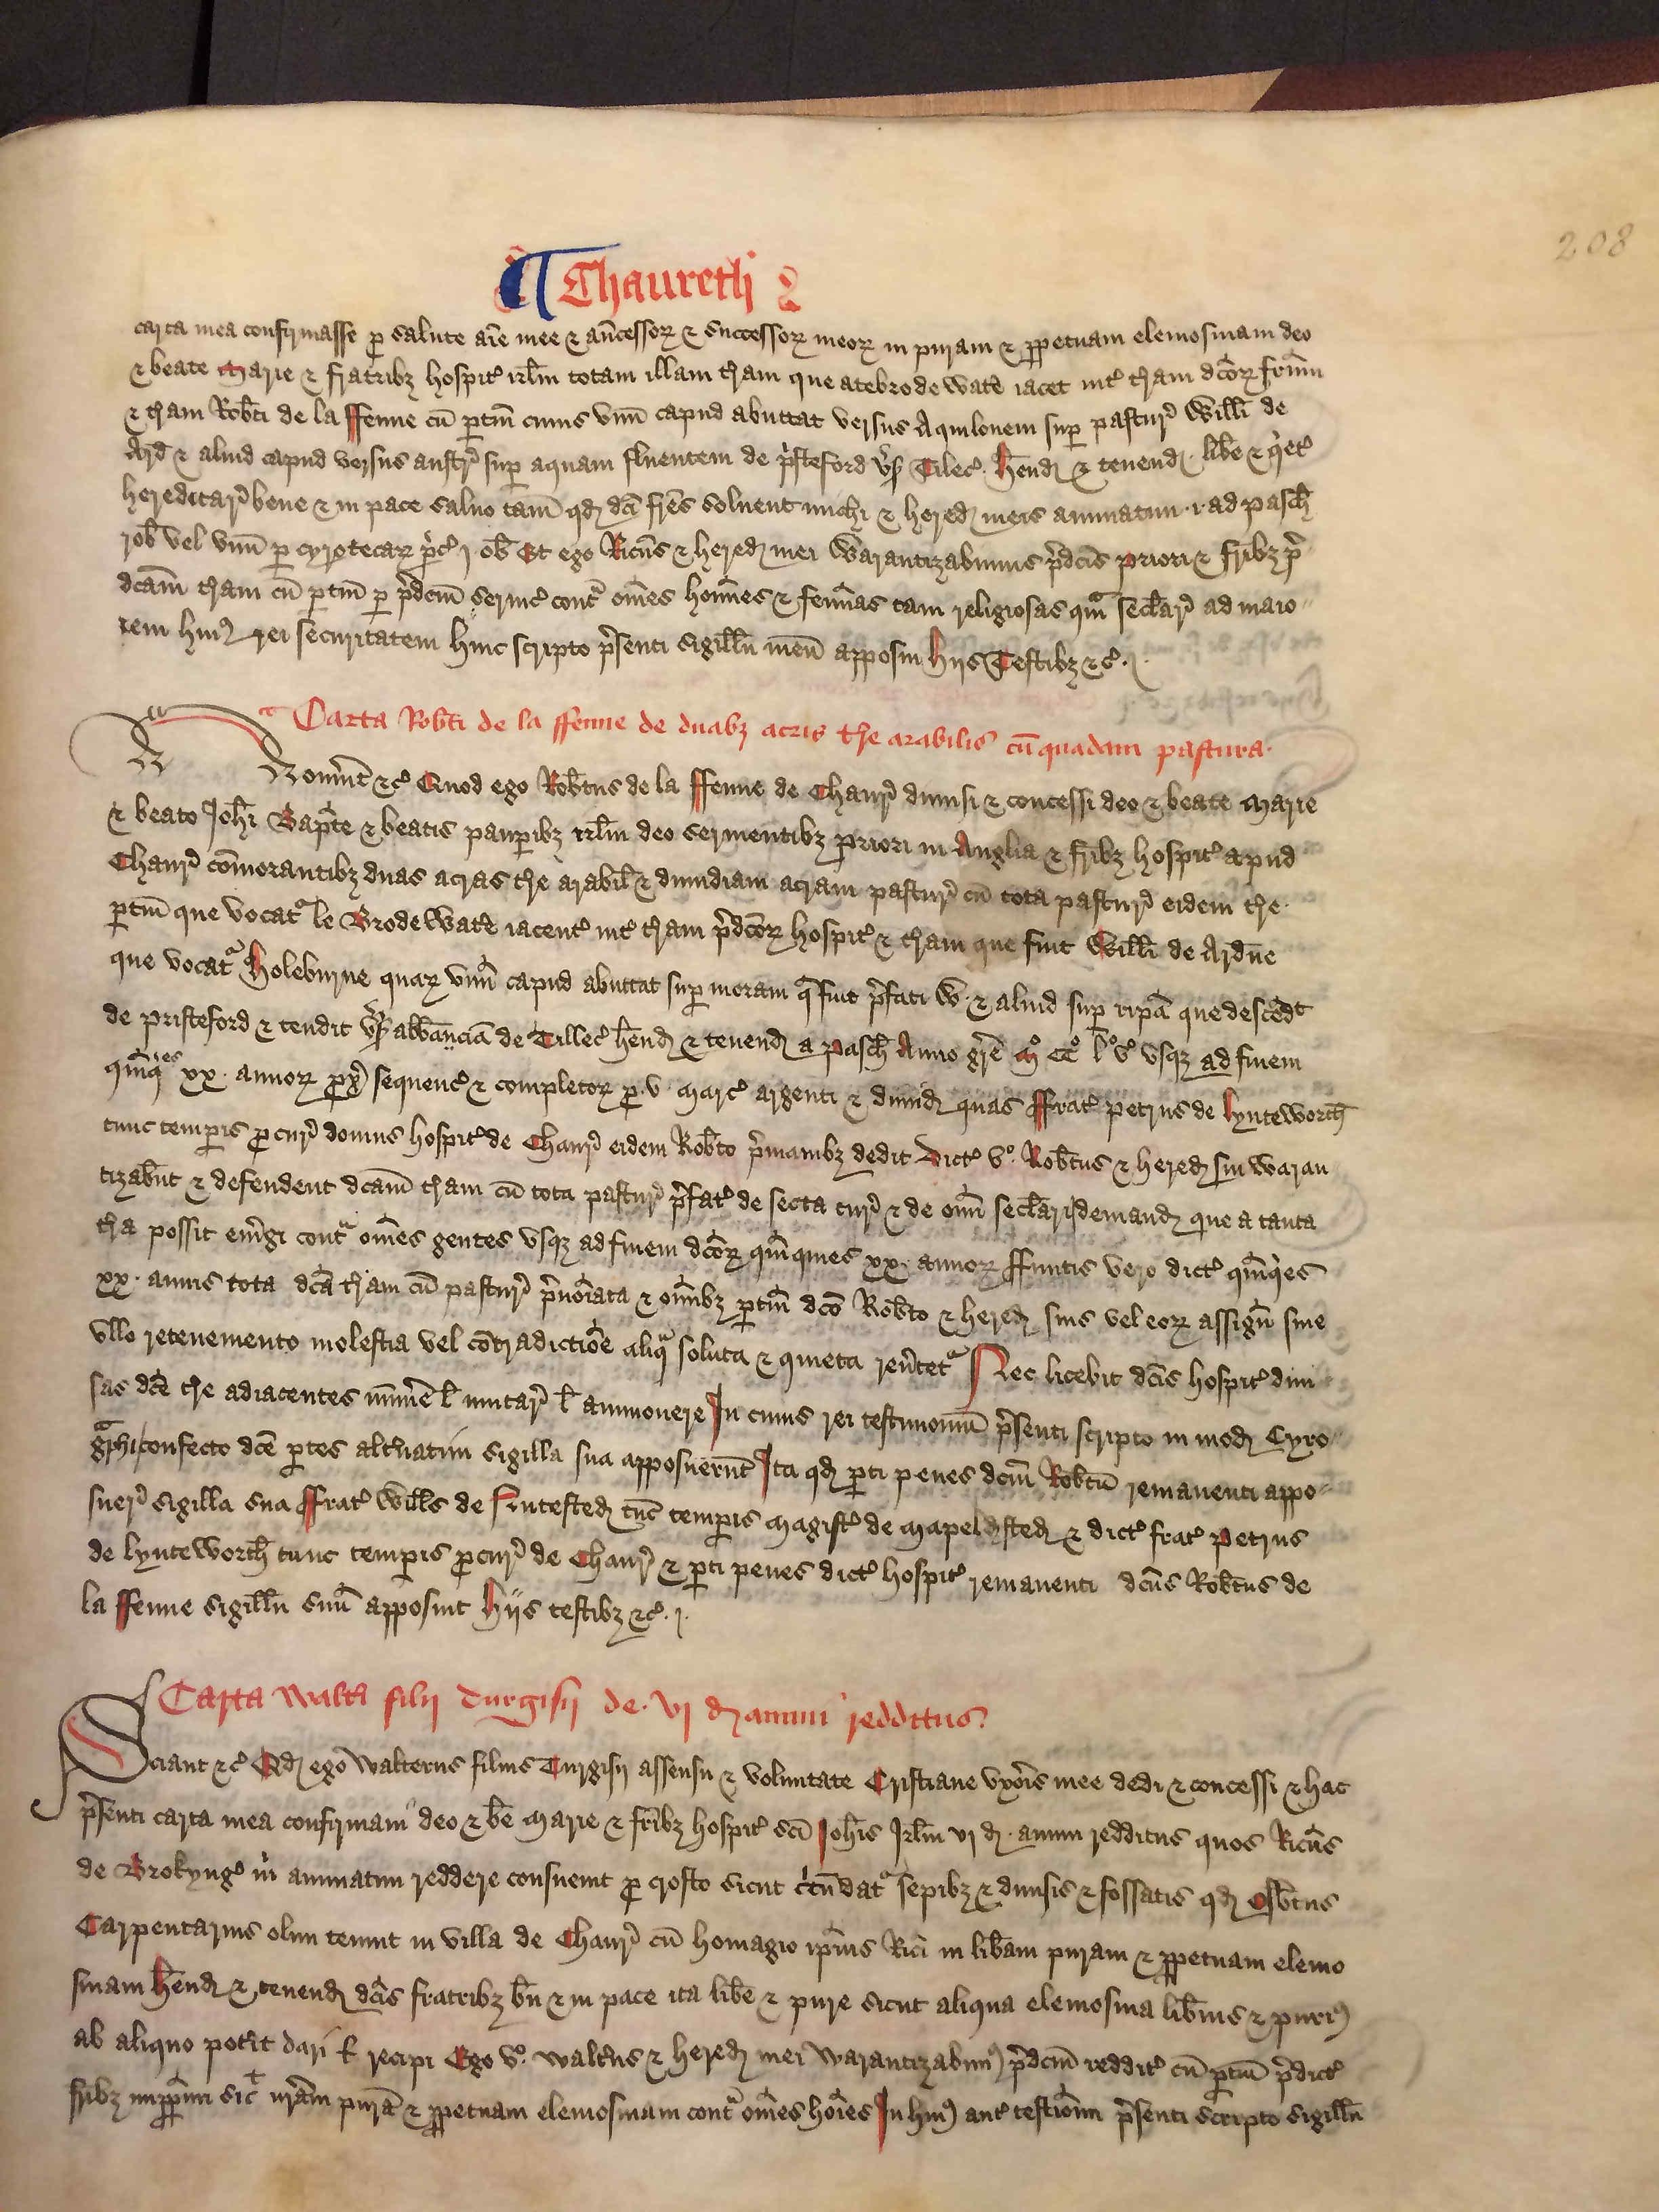
Shelfmark: London, British Library, Nero E VI
Century: 15